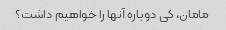
مامان، کی دوباره آنها را خواهیم داشت؟